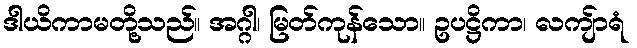
ဒါယိကာမတို့သည်။ အဂ္ဂါ၊ မြတ်ကုန်သော။ ဥပဋ္ဌိကာ၊ လကျ်ာရံ